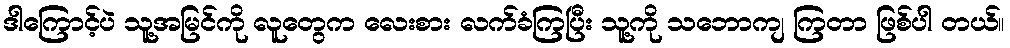
ဒါကြောင့်ပဲ သူ့အမြင်ကို လူတွေက လေးစား လက်ခံကြပြီး သူ့ကို သဘောကျ ကြတာ ဖြစ်ပါ တယ်။